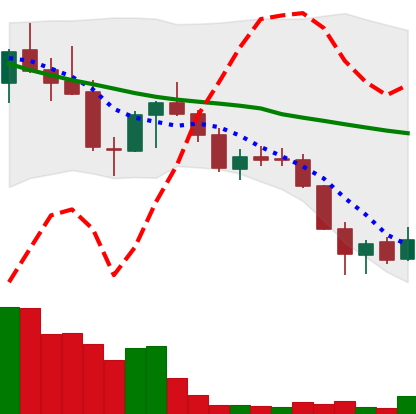
Ticker: LINK-USD
Chart end date: 2018-05-26
Forward return: -5.443%
Label: down_5_7